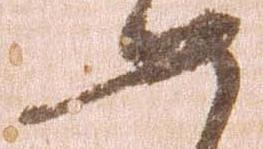
如